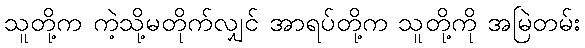
သူတို့က ကဲ့သို့မတိုက်လျှင် အာရပ်တို့က သူတို့ကို အမြဲတမ်း